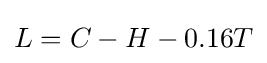
L=C-H-0.16T